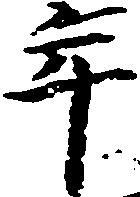
年